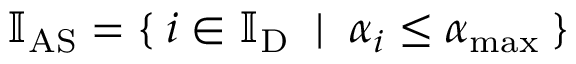
\mathbb { I } _ { \mathrm { A S } } = \{ \: i \in \mathbb { I } _ { \mathrm { D } } \; \mid \; \alpha _ { i } \leq \alpha _ { \mathrm { m a x } } \: \}